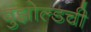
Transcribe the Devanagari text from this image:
बुझोल्डची